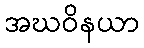
အဃဝိနယာ